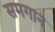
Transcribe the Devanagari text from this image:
समगान